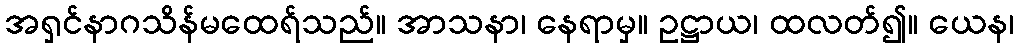
အရှင်နာဂသိန်မထေရ်သည်။ အာသနာ၊ နေရာမှ။ ဥဋ္ဌာယ၊ ထလတ်၍။ ယေန၊